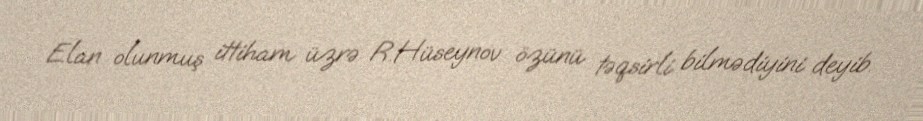
Elan olunmuş ittiham üzrə R.Hüseynov özünü təqsirli bilmədiyini deyib.